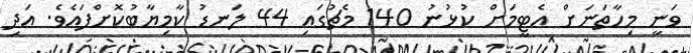
ވަނީ މިހާތަނަށް އެޓީމަށް ކުޅުނު 140 މެޗުގައި 44 ލަނޑު ކާމިޔާބުކޮށްފައެވެ. އަދި